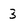
Character: 3